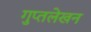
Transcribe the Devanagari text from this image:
गुप्तलेखन